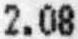
2.08